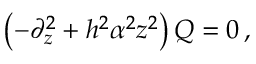
\left( - \partial _ { z } ^ { 2 } + h ^ { 2 } \alpha ^ { 2 } z ^ { 2 } \right) Q = 0 \, ,